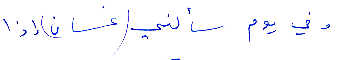
وفي يوم سألني (غسان) إذا